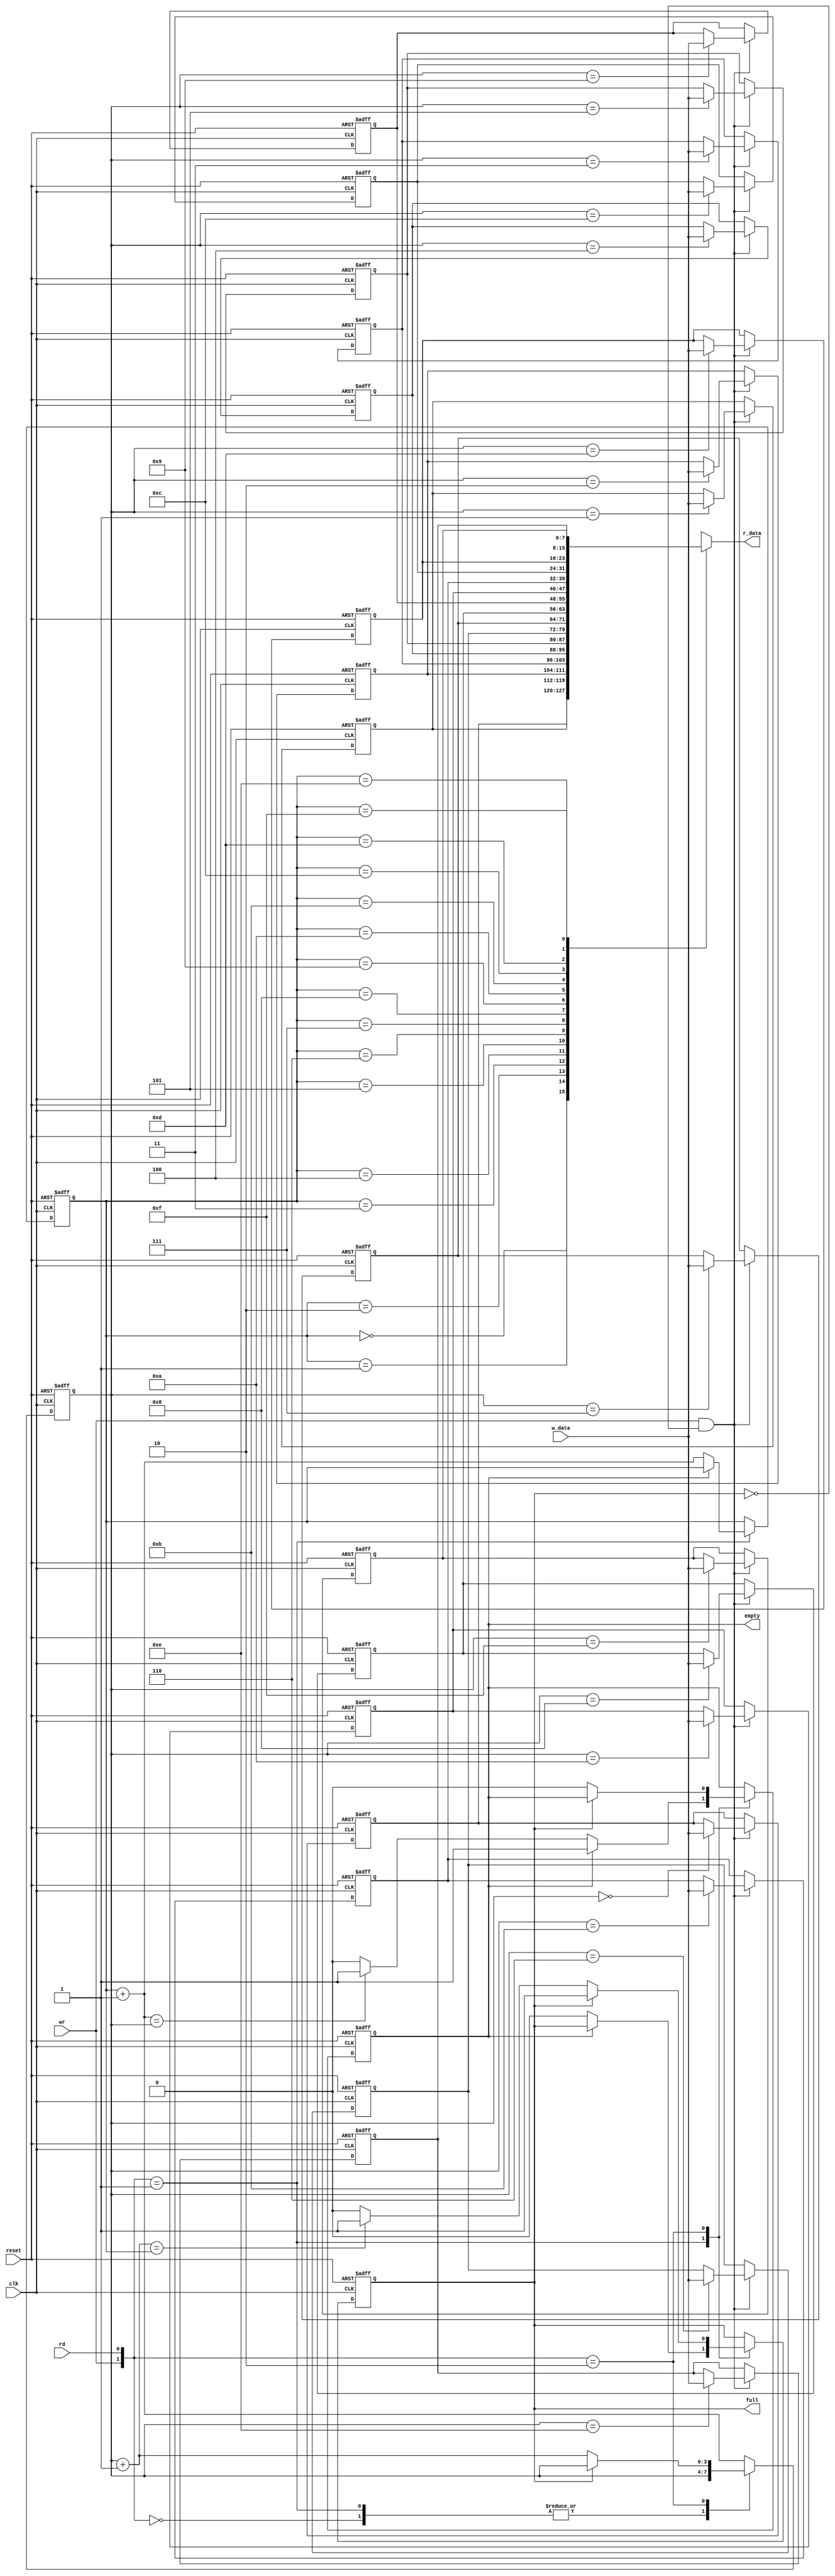
module fifo_2
(
	input wire          clk,
	input wire          reset,
	input wire          rd,
	input wire          wr,
	input wire [B-1:0]  w_data,
	output wire         empty,
	output wire         full,
	output wire [B-1:0] r_data
);
	parameter B = 8; 
	parameter W = 4; 
	reg [B-1:0]  array_reg[2**W-1:0];
	reg [W-1:0]  w_ptr_reg, w_ptr_next;
	reg [W-1:0]  r_ptr_reg, r_ptr_next;
	reg          full_reg, empty_reg, full_next, empty_next;
	wire [W-1:0] w_ptr_succ, r_ptr_succ;
	wire [1:0]   wr_op;
	wire         wr_en;
	integer      i;
	always @ (posedge clk, posedge reset) begin
		if (reset) begin
			for (i = 0; i <= 2**W-1; i = i+1)
				array_reg[i] <= 0;
		end
		else begin
			if (wr_en)
				array_reg[w_ptr_reg] <= w_data;
		end
	end
	assign r_data = array_reg[r_ptr_reg];
	assign wr_en = wr && !full_reg;
	always @ (posedge clk, posedge reset) begin
		if (reset) begin
			w_ptr_reg <= 0;
			r_ptr_reg <= 0;
			full_reg <= 0;
			empty_reg <= 1;
		end
		else begin
			w_ptr_reg <= w_ptr_next;
			r_ptr_reg <= r_ptr_next;
			full_reg <= full_next;
			empty_reg <= empty_next;
		end
	end
	assign w_ptr_succ = w_ptr_reg + 1;
	assign r_ptr_succ = r_ptr_reg + 1;
	assign wr_op = {wr, rd};
	always @ (w_ptr_reg, w_ptr_succ, r_ptr_reg, r_ptr_succ, wr_op, empty_reg, full_reg) begin
		w_ptr_next <= w_ptr_reg;
		r_ptr_next <= r_ptr_reg;
		full_next <= full_reg;
		empty_next <= empty_reg;
		case (wr_op)
			2'b00: begin
			end
			2'b01: begin
				if (!empty_reg) begin
					r_ptr_next <= r_ptr_succ;
					full_next <= 0;
					if (r_ptr_succ == w_ptr_reg)
						empty_next <= 1;
				end
			end
			2'b10: begin
				if (!full_reg) begin
					w_ptr_next <= w_ptr_succ;
					empty_next <= 0;
					if (w_ptr_succ == r_ptr_reg)
						full_next <= 1;
				end
			end
			default: begin
				w_ptr_next <= w_ptr_succ;
				w_ptr_next <= r_ptr_succ;
			end
		endcase
	end
	assign full = full_reg;
	assign empty = empty_reg;
endmodule